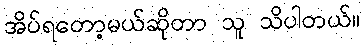
အိပ်ရတော့မယ်ဆိုတာ သူ သိပါတယ်။